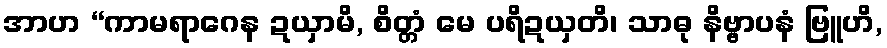
အာဟ “ကာမရာဂေန ဍယှာမိ, စိတ္တံ မေ ပရိဍယှတိ၊ သာဓု နိဗ္ဗာပနံ ဗြူဟိ,